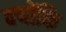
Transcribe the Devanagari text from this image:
क्‍योंकि